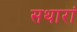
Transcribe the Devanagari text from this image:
सथारां